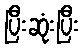
ပြီးဆုံးပြီး